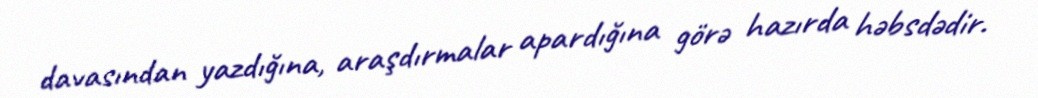
davasından yazdığına, araşdırmalar apardığına görə hazırda həbsdədir.